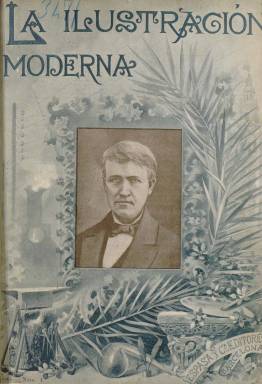
Título: La Ilustración moderna (Barcelona)
Colección: Revistas de información general
Ámbito geográfico: Barcelona
Lugar de publicación: Barcelona
Fechas: 01/01/1892-31/12/1894

Subtitulada Semanario dedicado a las familias, esta publicación nació en 1892 en Barcelona editada por Espasa y compañía y aseguraba estar redactada por “distinguidos literatos” españoles e ilustrada por “reputados artistas”.  No le faltaba razón pues podemos hallar en ella colaboraciones de autores vivos como Tolstoi y de ya fallecidos como Víctor Hugo o, en la parte artística, reproducciones de obras de Fortuny o Madrazo.

   La temática del semanario era variada: viajes, literatura, ciencias, artes, música, moda. Situándose en una posición conservadora, su propósito declarado era luchar contra el “virus materialista” y no publicar “nada que ofenda a la moral, ni la decencia, ni el pudor ni el buen gusto…”.

  Una de las características más destacables de la publicación son los dibujos y grabados a toda página e incluso a doble página, algunos de ellos coloreados, y las reproducciones de pinturas y esculturas, así como las caricaturas y los fotograbados, que comienzan a generalizase en las revistas de la última década del siglo XIX.

    Aparte de las colaboraciones literarias, la sección moda de París, así como la científica y musical, con reproducción de partituras, son algunas de las secciones más características del semanario.  Los números de la publicación comenzaban con un Memorándum, sección en la que se hacía un repaso de la actualidad nacional e internacional, única información de carácter político del semanario.

   Con todo, el elemento gráfico era lo más destacable. La importancia que se le daba lo prueba el hecho de que la publicación pedía a sus corresponsales y suscriptores, en particular a los de América, fotografías de ciudades, monumentos, obras artísticas, retratos de personajes y antigüedades para reproducirlas si lo consideraba oportuno.

   Espasa editaba junto a La Ilustración moderna otro semanario ilustrado titulado La velada, ambos de corta vida pues desaparecieron en 1894, al tercer año de su lanzamiento.

[Descripción publicada el 10/09/2018]